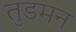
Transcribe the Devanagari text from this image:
तुडमन